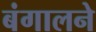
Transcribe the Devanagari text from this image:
बंगालने